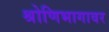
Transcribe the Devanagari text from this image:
श्रोणिभागावर